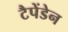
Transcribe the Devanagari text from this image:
टैपेंडेन